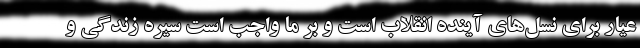
عیار برای نسل‌های آینده انقلاب است و بر ما واجب است سیره زندگی و